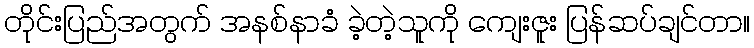
တိုင်းပြည်အတွက် အနစ်နာခံ ခဲ့တဲ့သူကို ကျေးဇူး ပြန်ဆပ်ချင်တာ။